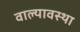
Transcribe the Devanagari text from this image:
वाल्यावस्था